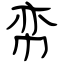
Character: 帟